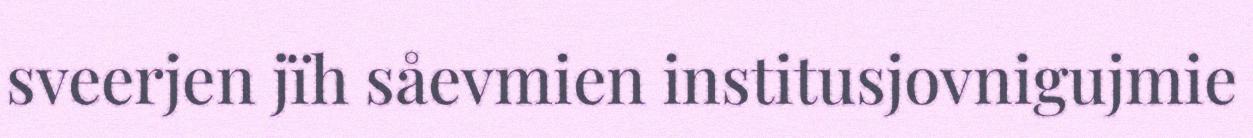
sveerjen jïh såevmien institusjovnigujmie